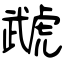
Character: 虣